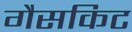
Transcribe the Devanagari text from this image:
गैसकिट